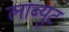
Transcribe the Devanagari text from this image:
लाब्युट